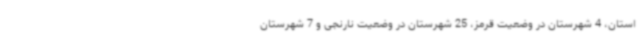
استان، 4 شهرستان در وضعیت قرمز، 25 شهرستان در وضعیت نارنجی و 7 شهرستان